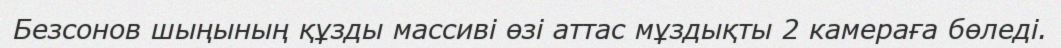
Безсонов шыңының құзды массиві өзі аттас мұздықты 2 камераға бөледі.